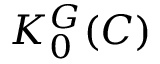
K _ { 0 } ^ { G } ( C )